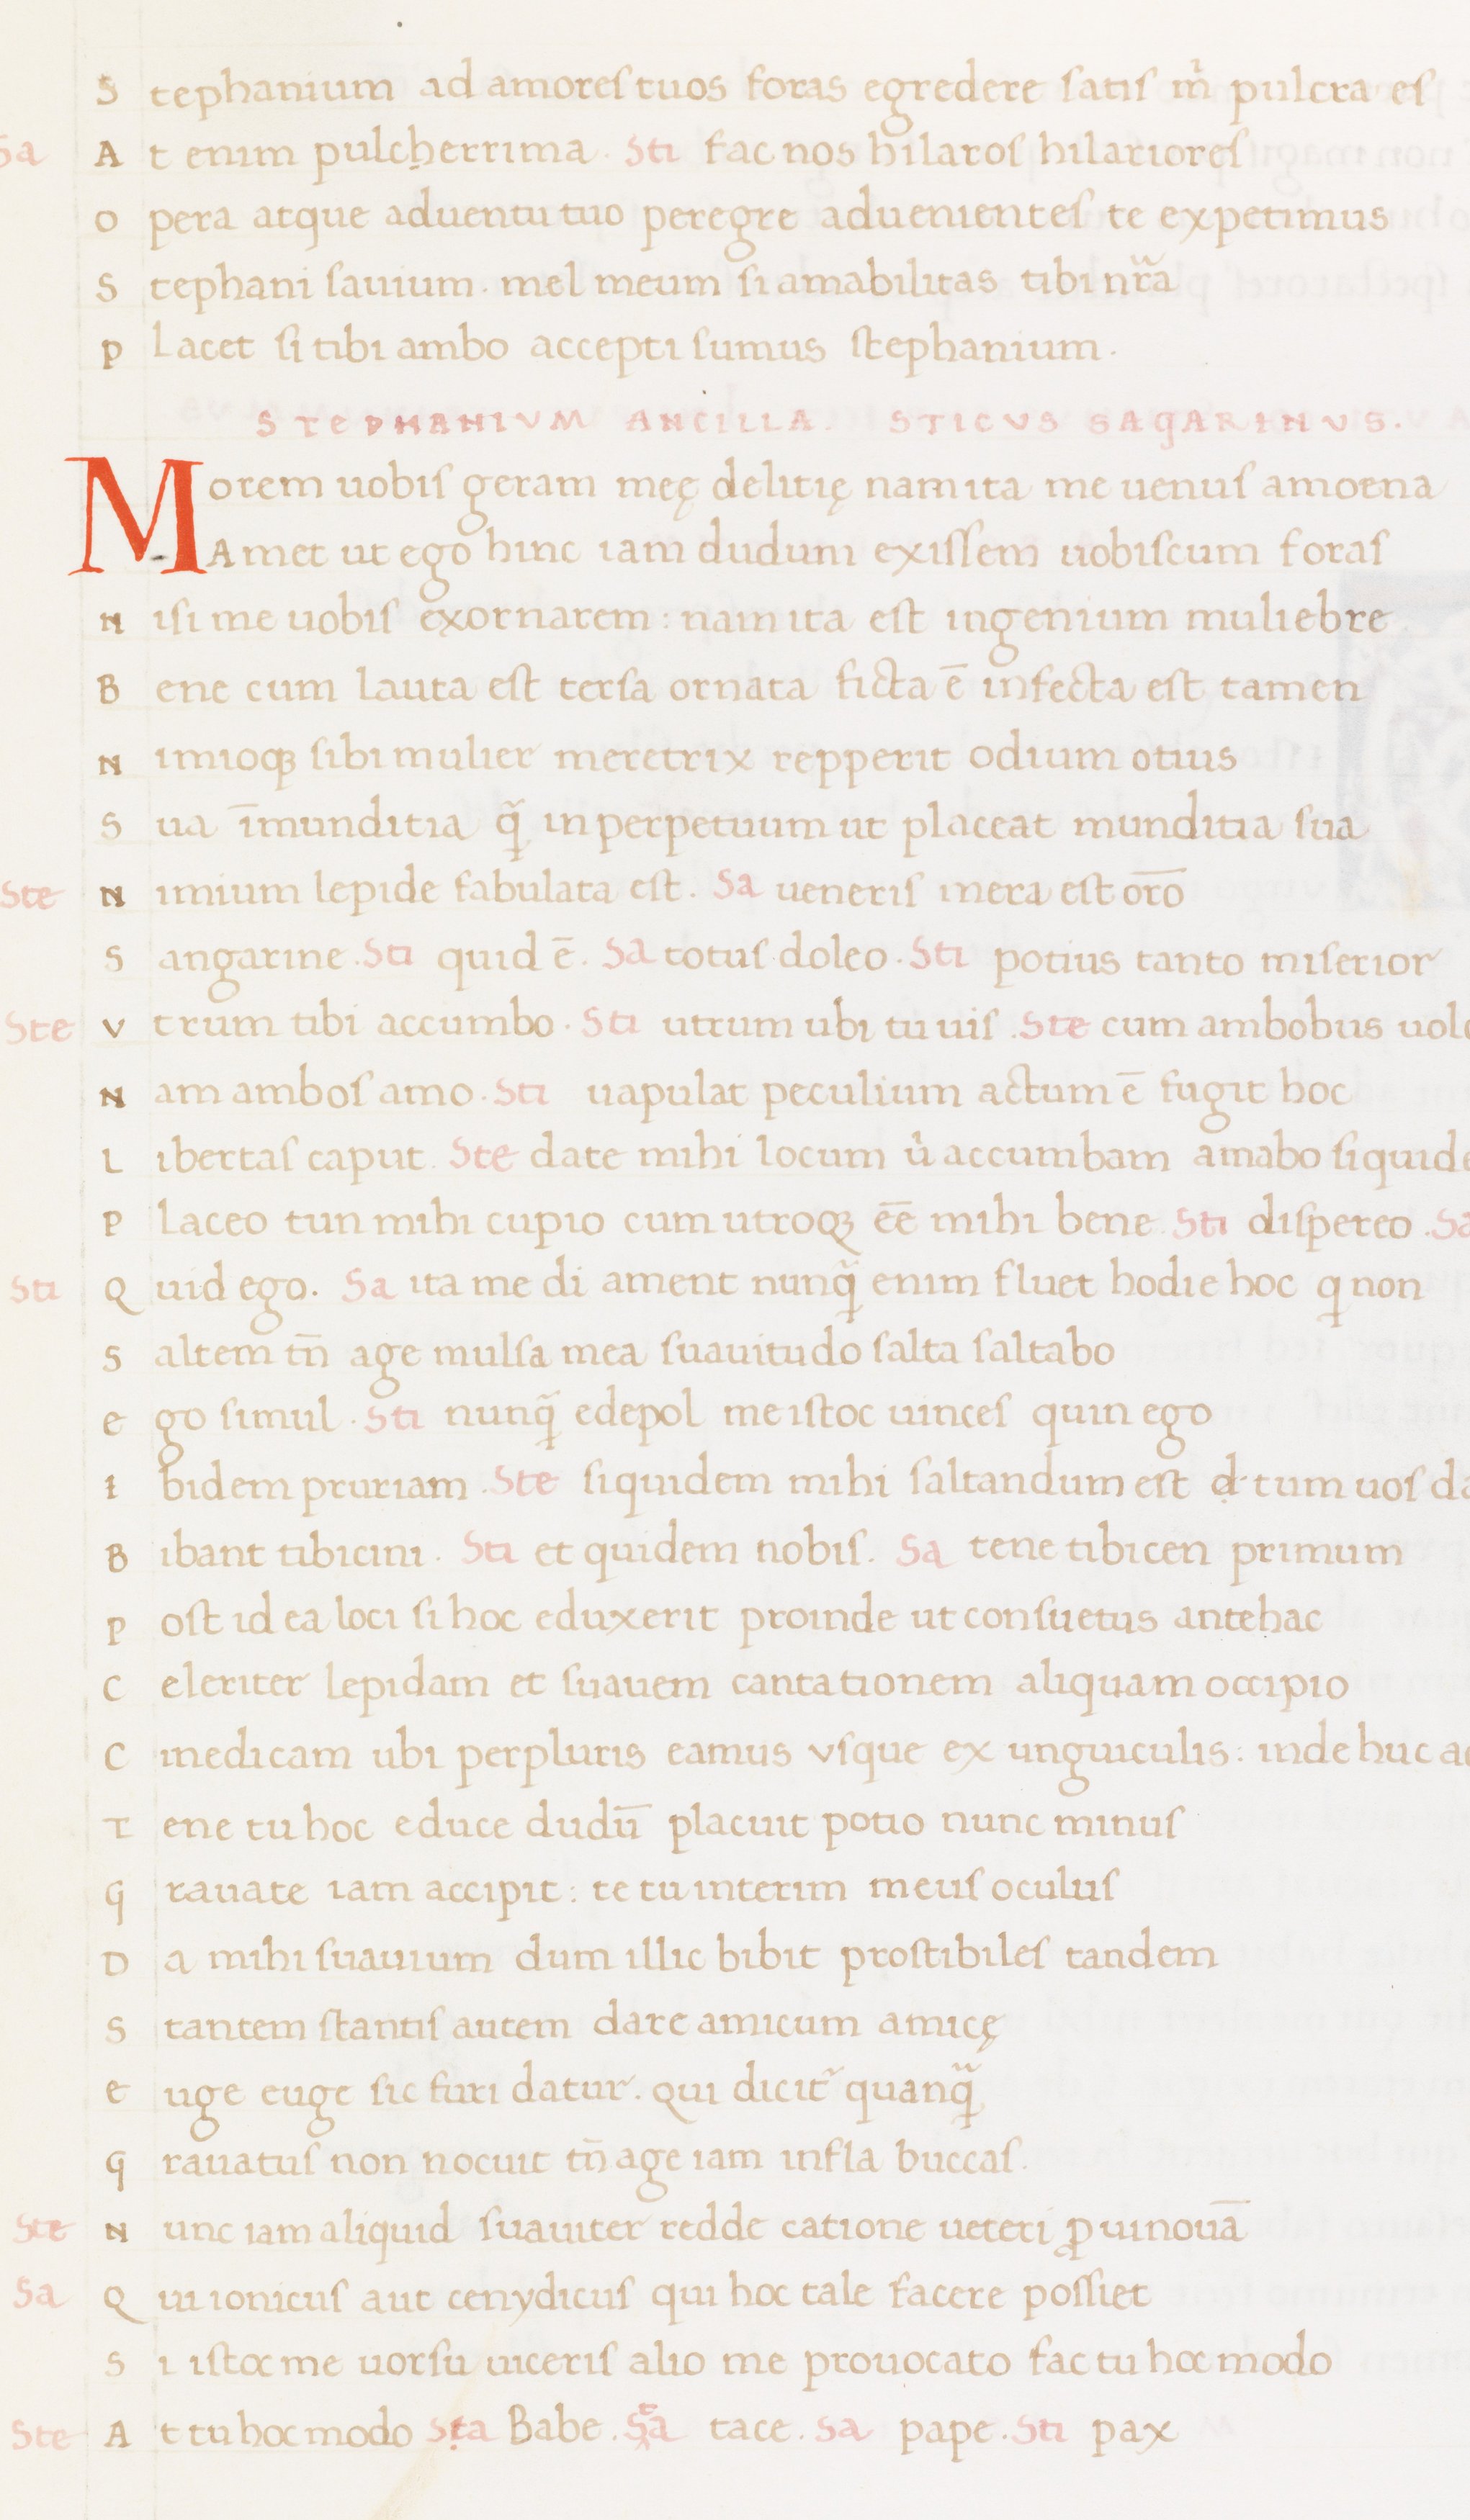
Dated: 1400–1499